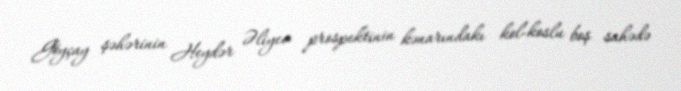
Göyçay şəhərinin Heydər Əliyev prospektinin kənarındakı kol-koslu boş sahədə